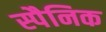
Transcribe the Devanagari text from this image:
स्पैनिक